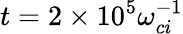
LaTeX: t=2\times 10^{5}\omega_{ci}^{-1}